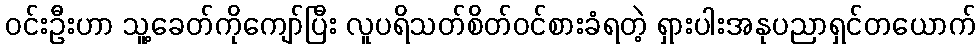
ဝင်းဦးဟာ သူ့ခေတ်ကိုကျော်ပြီး လူပရိသတ်စိတ်ဝင်စားခံရတဲ့ ရှားပါးအနုပညာရှင်တယောက်